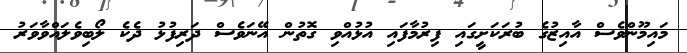
މައިމޫންވެސް އާއިޒުގެ ބުރަކަށީގައި ފިރުމާފައި އުޅުއްވި ގޮތުން އޭނަވެސް ދަރިފުޅު ދެކެ ލޯބިވެލައްވާވަރު